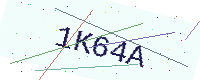
Text: 1K64A